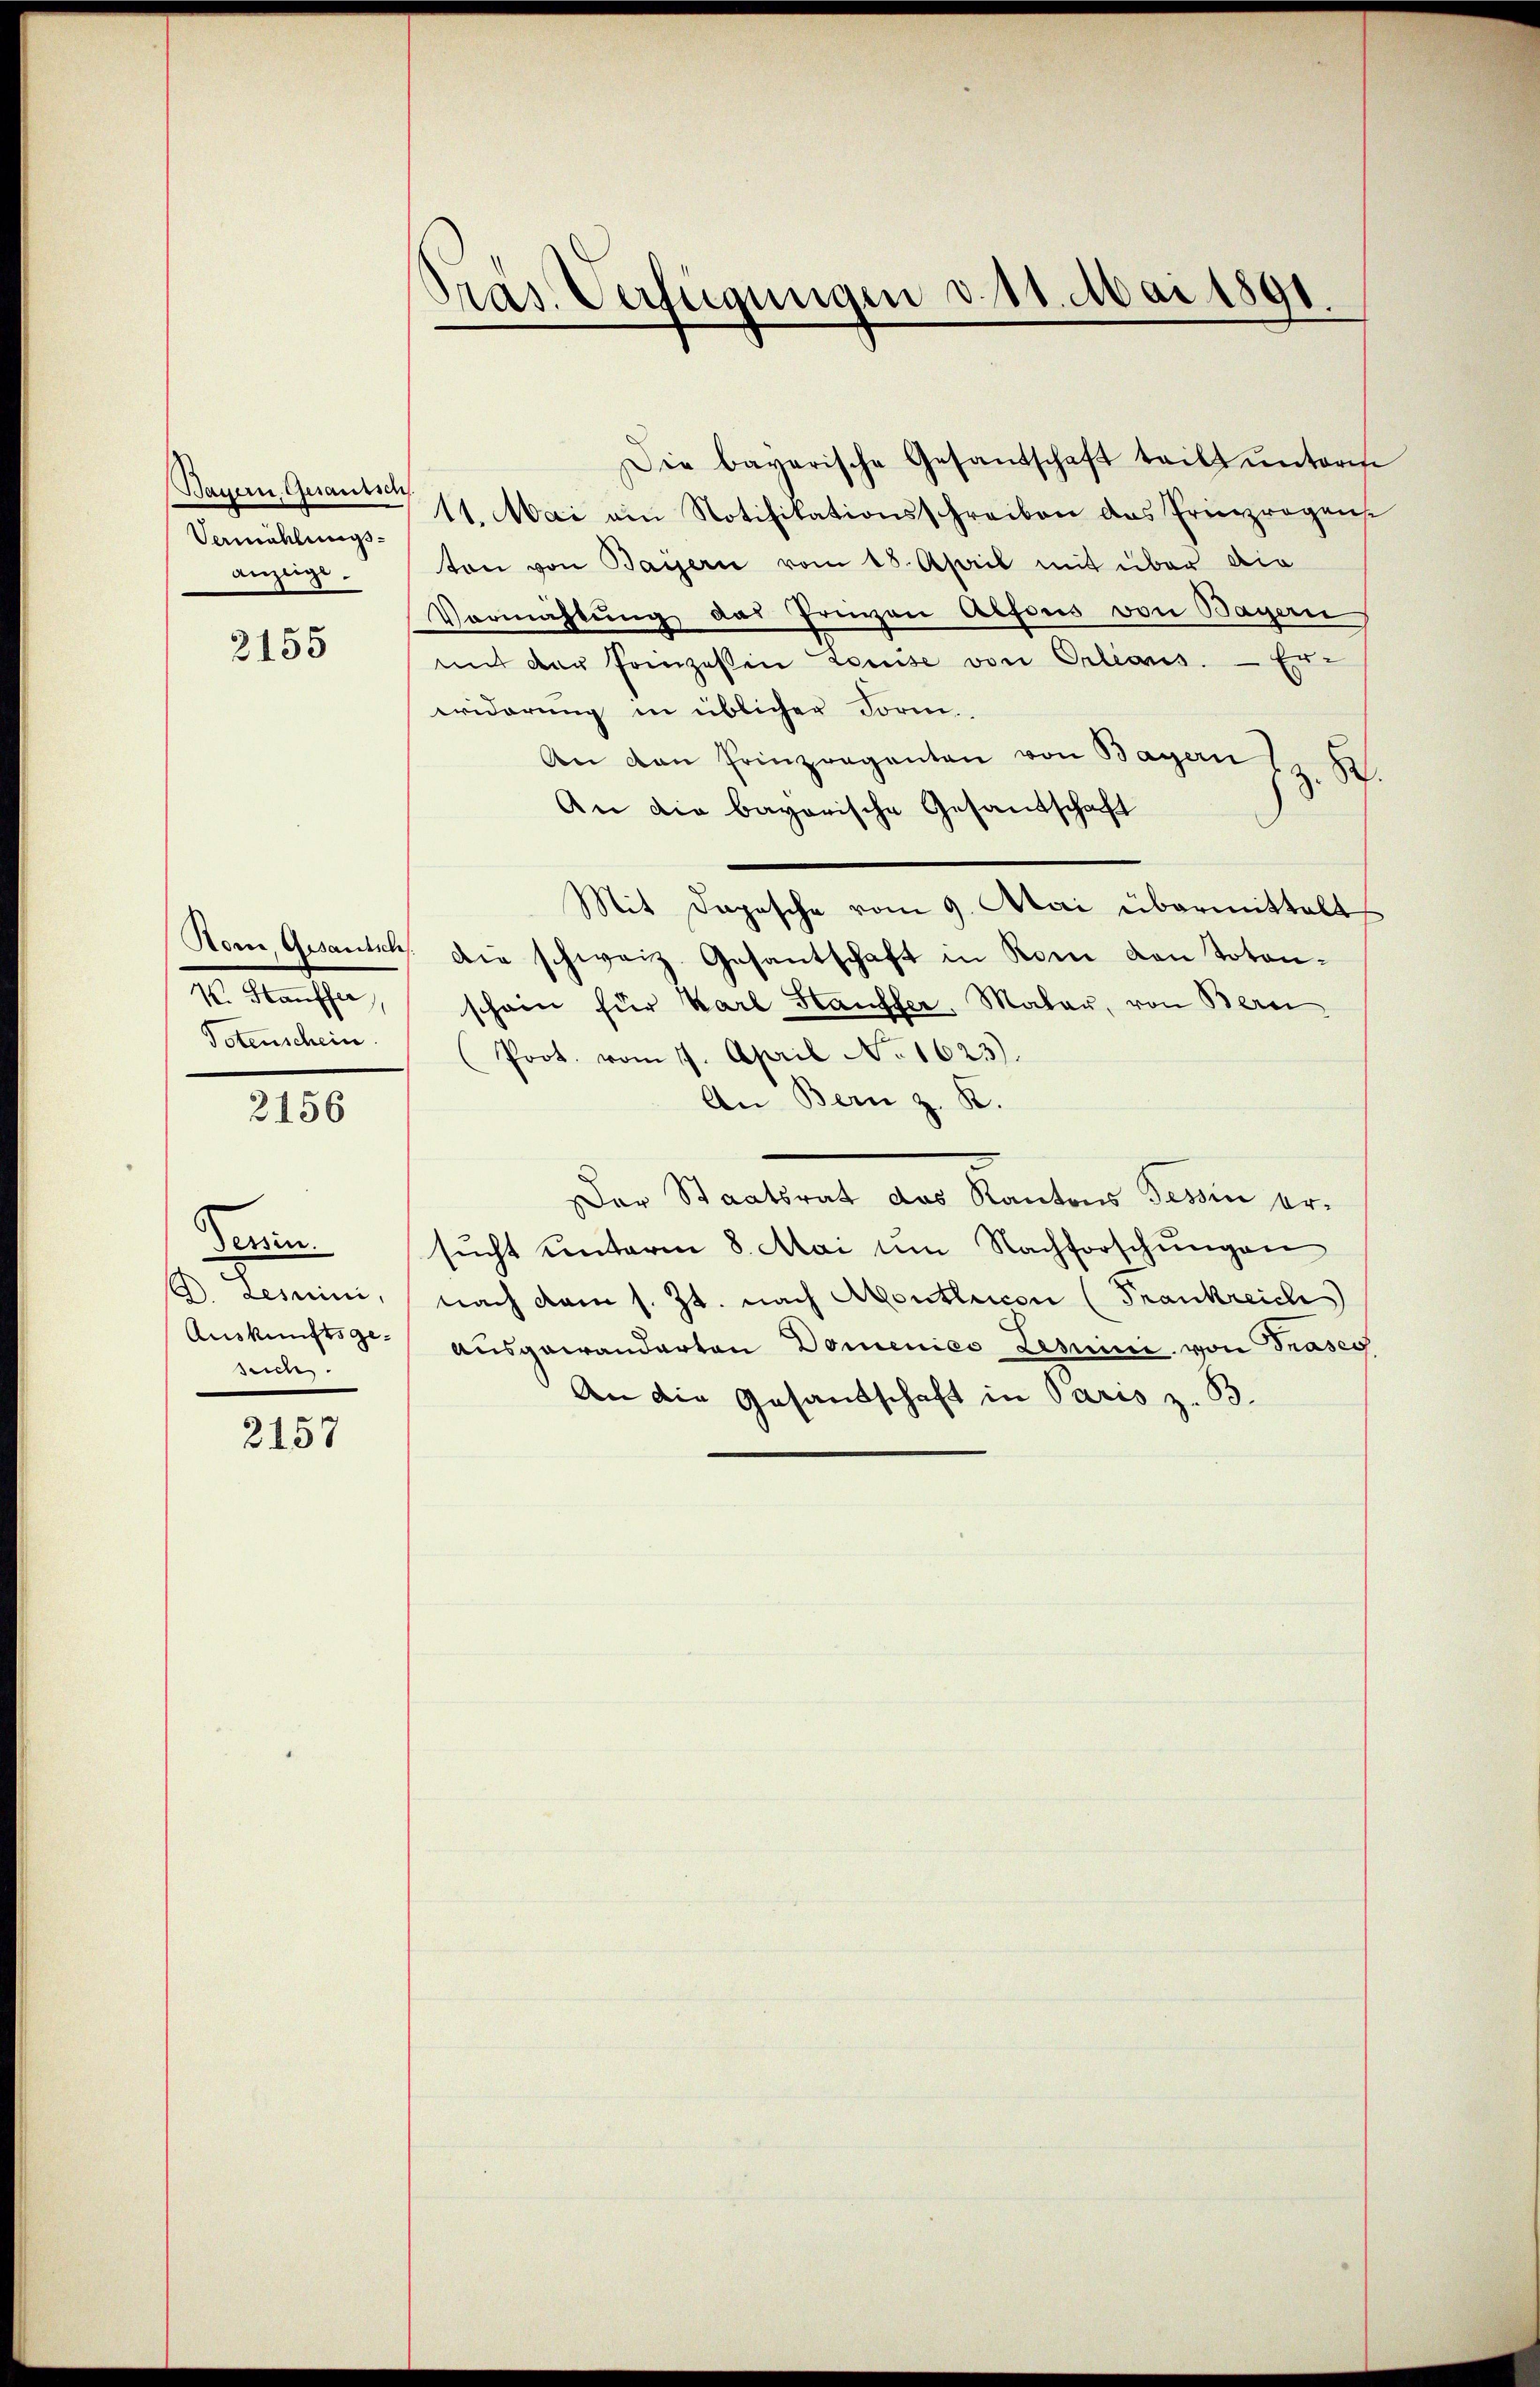
Bauern, Gesaussch
Vermählungsanzeige.

2155

Rom, Gesandsch
½. Stauffer
Totenschein.

2156

derin
9. Lessini,
Auskunftsge-
such

2157

Präs. Verfügungen d. 11. Mai 1891.

Die bayerische Gesandschaft teilt ŭnterm
11. Mai am Notifikationsschreiben das Priesprogens
ton von Baisern vom 18. April mit über die
Vormichtung das Priven Alfons von Wagen,
mit der Prinzeßin Louise von Orleans. — Er-
widerung in üblicher Form.
An den Prinzraganten von Bagen z. B.
An die bayerische Gesantschaft
Mit Daposche vom 9. Mai übermittelt
die schweiz. Gesantschaft in Rom von Toten-
schein für Karl Stauffer, Malau, von Bern
(Prot. vom 17. April No 1623).
An Bern z. R.
er Staatsrat das Kantons Tessin ersŭcht unterm 8. Mai um Nachforschungen
nach dem s. Zt. nach Abontlricon (Frankreich
ausgewanderten Domenico Lesunii, von Traseg
An die Gesandschaft in Paris z. B.